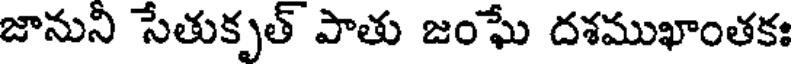
జానుని సేతుకృత్ పాతు జంఘే దశముఖాంతకః